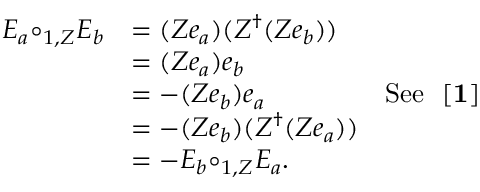
\begin{array} { c l l } { { E _ { a } { \circ _ { 1 , Z } } E _ { b } } } & { { = ( Z e _ { a } ) ( Z ^ { \dagger } ( Z e _ { b } ) ) } } & { { } } \\ { { } } & { { = ( Z e _ { a } ) e _ { b } } } & { { } } \\ { { } } & { { = - ( Z e _ { b } ) e _ { a } } } & { { \mathrm { S e e ~ { \bf ~ [ 1 ] } } } } \\ { { } } & { { = - ( Z e _ { b } ) ( Z ^ { \dagger } ( Z e _ { a } ) ) } } & { { } } \\ { { } } & { { = - E _ { b } { \circ _ { 1 , Z } } E _ { a } . } } & { { } } \end{array}